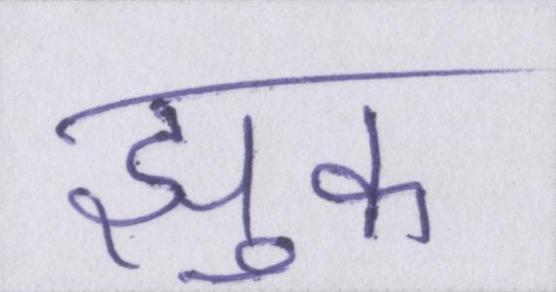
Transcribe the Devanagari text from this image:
झुक